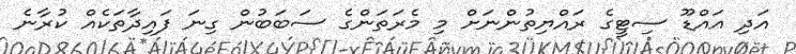
އަދި އައްޑޫ ސިޓީގެ ރައްޔިތުންނަށް މި މެރަތަންގެ ސަބަބުން ގިނަ ފައިދާތަކެއް ކުރާނެ